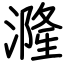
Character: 漋